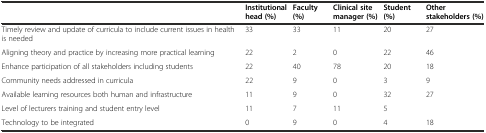
|  | Institutional head (%) | Faculty (%) | Clinical site manager (%) | Student (%) | Other stakeholders (%) |
 | --- | --- | --- | --- | --- | --- |
 | Timely review and update of curricula to include current issues in health is needed | 33 | 33 | 11 | 20 | 27 |
 | Aligning theory and practice by increasing more practical learning | 22 | 2 | 0 | 22 | 46 |
 | Enhance participation of all stakeholders including students | 22 | 40 | 78 | 20 | 18 |
 | Community needs addressed in curricula | 22 | 9 | 0 | 3 | 9 |
 | Available learning resources both human and infrastructure | 11 | 9 | 0 | 32 | 27 |
 | Level of lecturers training and student entry level | 11 | 7 | 11 | 5 |  |
 | Technology to be integrated | 0 | 9 | 0 | 4 | 18 |